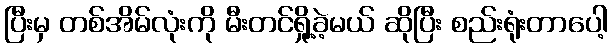
ပြီးမှ တစ်အိမ်လုံးကို မီးတင်ရှို့ခဲ့မယ် ဆိုပြီး စည်းရုံးတာပေါ့